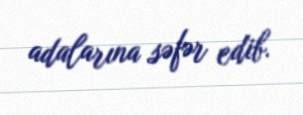
adalarına səfər edib.